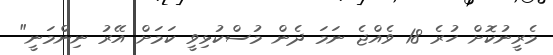
މެރީނުކޮށް ހުރެ 18 ވެއްޖެ ނަމަ ދެން މުސްކުޅިވީ ކަމަށް އޭރު ނިންމަނީ"